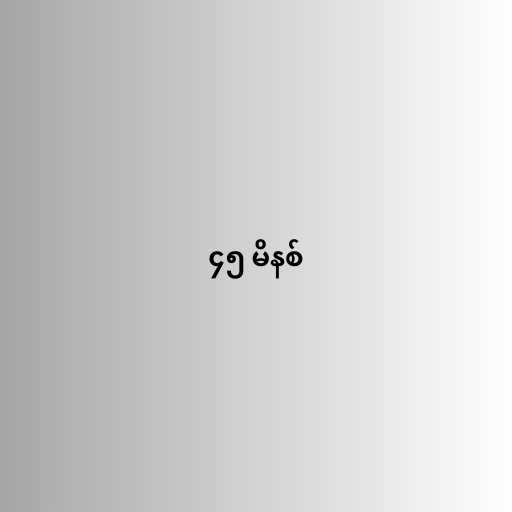
၄၅ မိနစ်